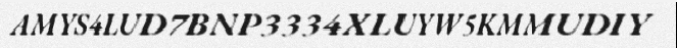
AMYS4LUD7BNP3334XLUYW5KMMUDIY